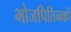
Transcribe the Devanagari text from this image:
भोजपितिनकों